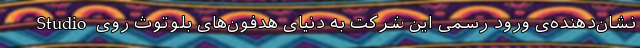
Studio نشان‌دهنده‌ی ورود رسمی این شرکت به دنیای هدفون‌های بلوتوث روی